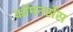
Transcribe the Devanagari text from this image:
कॉमनसेंस